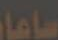
ساعات